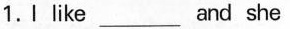
1.I like___ and she